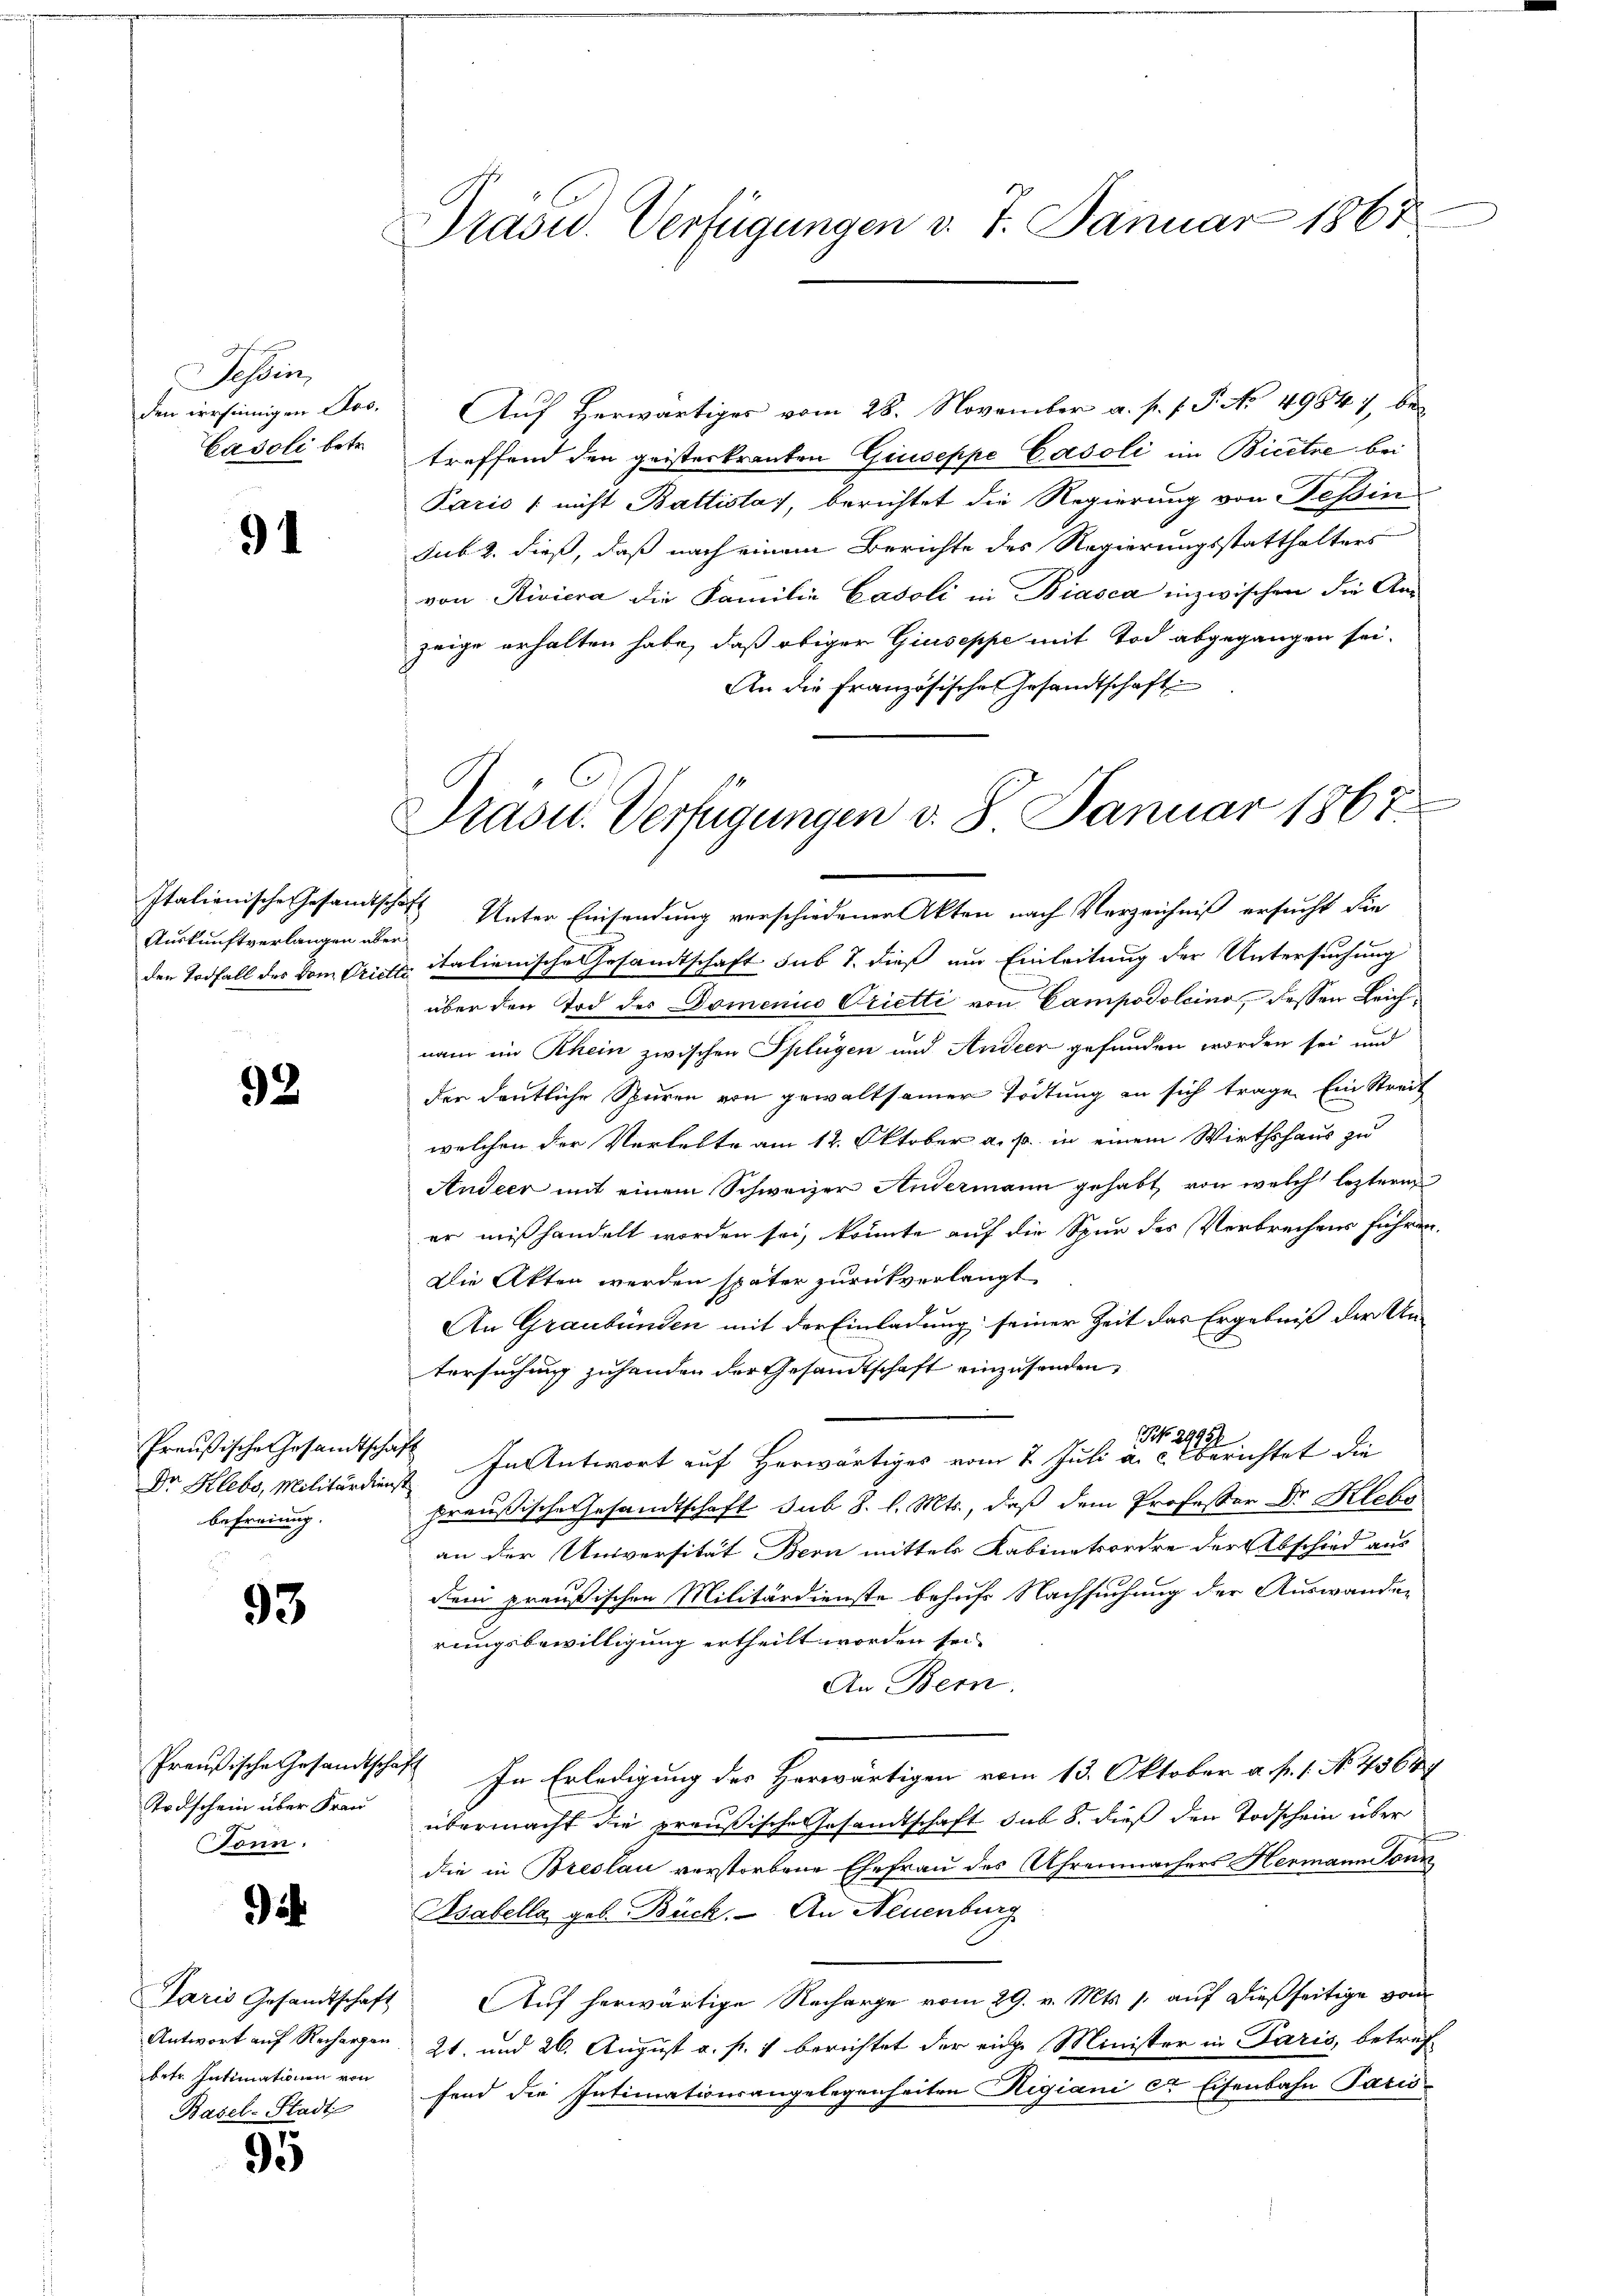
Tessin,
den irrsinnigen Jos.
Casoli betr.

91

Auskunftverlangen aber

92.

Preußische Gesandtschaf
Dr Hlebs, Militärdien,
befreiung.

93

Todschein über Frau
Tonn.

i

betr. Intimationen von
Basel-Stadt

95

Präsid.. Verfügungen v. 7. Januar 1867

Präsid.. Verfügungen v. 8. Januar 1867

Auf Herwärtiges vom 28. November a. p. f. P. No 49847, betreffend den geisterkranten Giuseppe Casoli im Bicitre bei
Pario / nicht Battislas, berichtet die Regierung von Tessin
sub 2. dieß, daß nach einem Berichte des Regierungsstatthalters
von Riviera die Familie Casoli in Biasca inzwischen die An-
zeige erhalten habe, daß obiger Giuseppe mit Tod abgegangen sei.
An die Französische Gesandtschaft
Italienische Gesamtschaft Unter Einsendung verschiedener Akten nach Verzeichniß ersucht die
den Todfall des vom Cristes italienische Gesandtschaft sub 1. dieß um Einleitung der Untersuchung
über den Tod des Domenico Vrietti von Campodoleino, dessen Leichnam im Rhein zwischen Splügen und Andeer gefunden worden sei und
der deutliche Spuren von gewaltsamer Zeitung an sich trage. Ein Streit
welchen der Verlebte am 12. Oktober a. p. in einem Wirthshaus zu
Andeer mit einem Schweizer Andermann gehabt, von welch leztere
er mißhandelt worden sei, könnte auf die Spur des Verbrechens führen.
Die Akten werden später zurückverlangt
An Graubünden mit der Einladung seiner Zeit das Ergebniß der Untersuchung zuhanden der Gesandtschaft einzusenden,
NNo. 29957
In Antwort auf Herwärtiges vom 2. Juli a. c. berichtet die
preußische Gesandtschaft sub 8. l. Mts., daß dem Professor Dr. Kleba
an der Universität Bern mittels Kabinetsordre der Abschied aus
dem preußischen Militärdienste behufs Nachsuchung der Auswanden
rungsbewilligung ertheilt worden sei.
An Bern.
Preußische Gesandtschaft In Erledigung des Herwärtigen vom 13. Oktober a. f. 1. No. 43647
übermacht die preußische Gesandtschaft sub 8. dieß den Todschein über
die in Breslau verstorbene Ehefrau des Uhrenmachers Hermann Sonn
Asabella geb. Bück. An Neuenburg
Paris Gesandtschaft Auf herwärtige Nacharge vom 29. v. Mts. s. auf dießseitige vom
Antwort auf Rechargen 21. und 26. August a. p. 1 berichtet der einge Minister in Paris, betreffend die Intimationsangelegenheiten Rigiani er Eisenbahn Paris¬